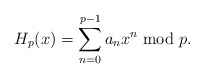
\begin{align*} H_p(x)=\sum_{n=0}^{p-1} a_n x^n \bmod p.\end{align*}